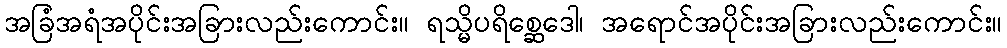
အခြံအရံအပိုင်းအခြားလည်းကောင်း။ ရသ္မိပရိစ္ဆေဒေါ၊ အရောင်အပိုင်းအခြားလည်းကောင်း။